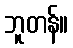
ဘူတန်။